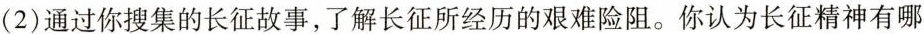
(2)通过你搜集的长征故事，了解长征所经历的艰难险阻。你认为长征精神有哪